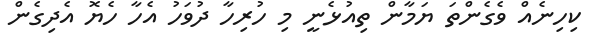
ކިހިނެއް ވެގެންތަ ޔަމާން ތިއުޅެނީ މި ހުރިހާ ދުވަހު އެހާ ހެޔޮ އެދިގެން